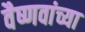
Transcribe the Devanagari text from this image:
वैष्णवांच्या